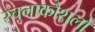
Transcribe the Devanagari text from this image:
रचनाकौशलों